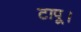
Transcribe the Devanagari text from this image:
टापू।